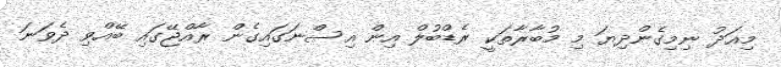
މިއަދު ނިމިގެންދިޔަ މި މުބާރާތަކީ ރެޑްބުލް އިން އިސްނަގައިގެން ރާއްޖޭގައި ބޭއްވި ދެވަނަ